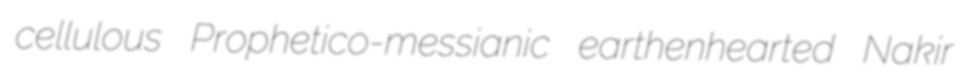
cellulous Prophetico-messianic earthenhearted Nakir